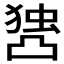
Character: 𰄖